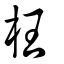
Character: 枉